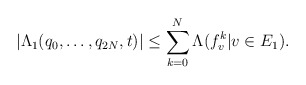
\begin{align*}|\Lambda _1 ( q_ 0, \dots, q_ { 2N } , t) | \leq \sum _ { k =0 } ^ N \Lambda ( f _v ^ k | v \in E _1) . \end{align*}